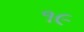
૧૯